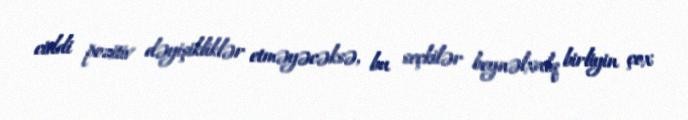
ciddi pozitiv dəyişikliklər etməyəcəksə, bu seçkilər beynəlxalq birliyin çox